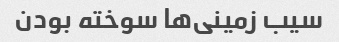
سیب زمینی‌ها سوخته بودن